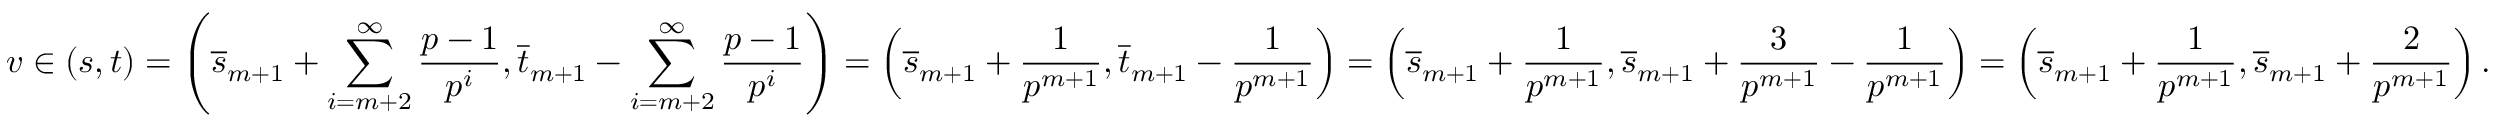
v \in ( s , t ) = \left( \overline { { s } } _ { m + 1 } + \sum _ { i = m + 2 } ^ { \infty } \frac { p - 1 } { p ^ { i } } , \overline { { t } } _ { m + 1 } - \sum _ { i = m + 2 } ^ { \infty } \frac { p - 1 } { p ^ { i } } \right) = \left( \overline { { s } } _ { m + 1 } + \frac { 1 } { p ^ { m + 1 } } , \overline { { t } } _ { m + 1 } - \frac { 1 } { p ^ { m + 1 } } \right) = \left( \overline { { s } } _ { m + 1 } + \frac { 1 } { p ^ { m + 1 } } , \overline { { s } } _ { m + 1 } + \frac { 3 } { p ^ { m + 1 } } - \frac { 1 } { p ^ { m + 1 } } \right) = \left( \overline { { s } } _ { m + 1 } + \frac { 1 } { p ^ { m + 1 } } , \overline { { s } } _ { m + 1 } + \frac { 2 } { p ^ { m + 1 } } \right) .